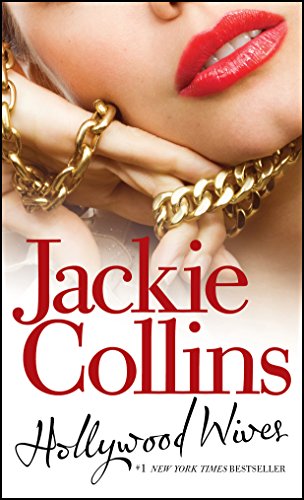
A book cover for Hollywood Wives; Jackie Collins; Literature & Fiction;